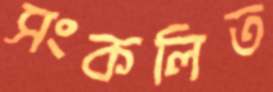
সংকলিত